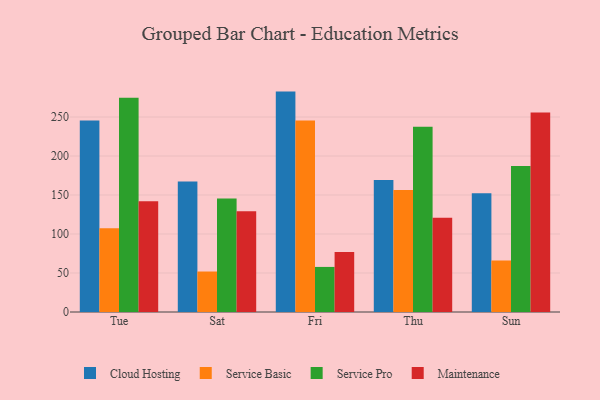
{"axis": {"x": "Day", "y": "Energy Usage (MWh)"}, "legend": ["Cloud Hosting", "Maintenance", "Service Basic", "Service Pro"], "data": [{"x": "Tue", "y": 245.7, "type": "Cloud Hosting"}, {"x": "Tue", "y": 107.3, "type": "Service Basic"}, {"x": "Tue", "y": 274.8, "type": "Service Pro"}, {"x": "Tue", "y": 142.1, "type": "Maintenance"}, {"x": "Sat", "y": 167.2, "type": "Cloud Hosting"}, {"x": "Sat", "y": 51.9, "type": "Service Basic"}, {"x": "Sat", "y": 145.4, "type": "Service Pro"}, {"x": "Sat", "y": 129.3, "type": "Maintenance"}, {"x": "Fri", "y": 282.6, "type": "Cloud Hosting"}, {"x": "Fri", "y": 245.6, "type": "Service Basic"}, {"x": "Fri", "y": 57.8, "type": "Service Pro"}, {"x": "Fri", "y": 76.9, "type": "Maintenance"}, {"x": "Thu", "y": 169.1, "type": "Cloud Hosting"}, {"x": "Thu", "y": 156.5, "type": "Service Basic"}, {"x": "Thu", "y": 237.6, "type": "Service Pro"}, {"x": "Thu", "y": 120.8, "type": "Maintenance"}, {"x": "Sun", "y": 152.2, "type": "Cloud Hosting"}, {"x": "Sun", "y": 66.0, "type": "Service Basic"}, {"x": "Sun", "y": 187.2, "type": "Service Pro"}, {"x": "Sun", "y": 255.9, "type": "Maintenance"}]}